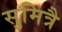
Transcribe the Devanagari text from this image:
सुमित्रै